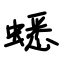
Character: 蟋